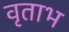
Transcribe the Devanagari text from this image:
वृताभ